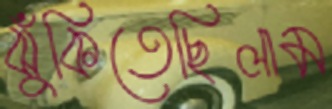
ঝুঁকিতেছিলাম